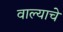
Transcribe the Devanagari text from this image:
वाल्याचे